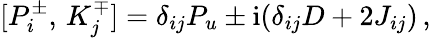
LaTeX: {}[P_{i}^{\pm},\, K_{j}^{\mp}]=\delta_{ij}P_{u}\pm\mathrm{i}(\delta_{ij}D+2J_{ij})\, ,